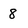
Character: 8